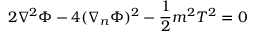
2 \nabla ^ { 2 } \Phi - 4 ( \nabla _ { n } \Phi ) ^ { 2 } - \frac { 1 } { 2 } m ^ { 2 } T ^ { 2 } = 0